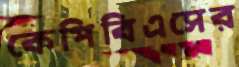
কেপিবিএসের